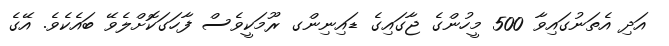
އަދި އެތަނުގައިވާ 500 މީހުންގެ ޖާގައިގެ ޑައިނިންގ ރޫމަކީވެސް ފާހަގަކޮށްލެވޭ ބައެކެވެ. އޭގެ